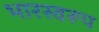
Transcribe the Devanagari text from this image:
भारस्वरूप